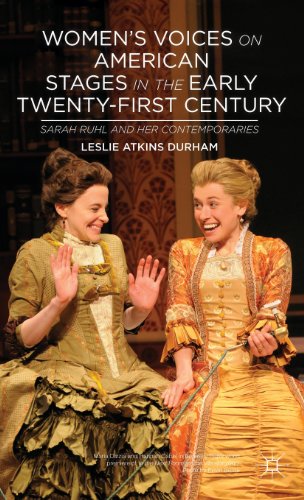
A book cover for Women's Voices on American Stages in the Early Twenty-First Century: Sarah Ruhl and Her Contemporaries; Leslie Atkins Durham; Literature & Fiction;